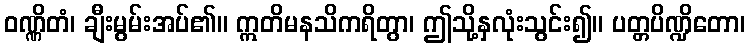
ဝဏ္ဏိတံ၊ ချီးမွမ်းအပ်၏။ ဣတိမနသိကရိတွာ၊ ဤသို့နှလုံးသွင်း၍။ ပတ္တပိဏ္ဍိတော၊